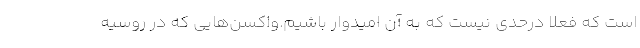
است که فعلا درحدی نیست که به آن امیدوار باشیم.واکسن‌هایی که در روسیه